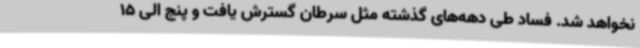
نخواهد شد. فساد طی دهه‌های گذشته مثل سرطان گسترش یافت و پنج الی 15